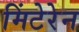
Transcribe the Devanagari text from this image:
मिंटेरेन